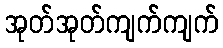
အုတ်အုတ်ကျက်ကျက်